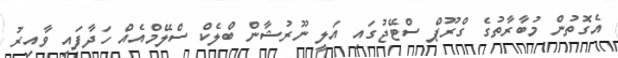
އެގޮތުން މުބާރާތުގެ ގްރޫޕް ސްޓޭޖުގައި އަލީ ނޫރުޝާން ބްލެކް ސްލޭމްއެއް ހަދާފައި ވާއިރު